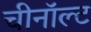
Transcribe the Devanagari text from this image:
चीनॉल्ट